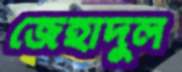
জেহাদুল